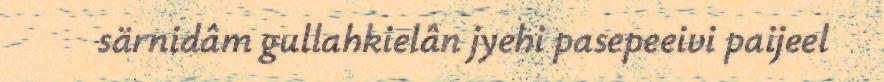
särnidâm gullahkielân jyehi pasepeeivi paijeel